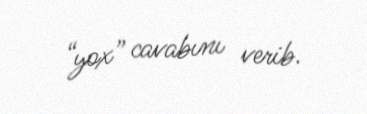
“yox” cavabını verib.